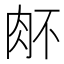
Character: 𰮉